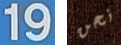
19 نحن